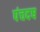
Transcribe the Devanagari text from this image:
पंचदष